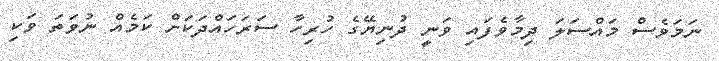
ނަމަވެސް މައްސަލަ ދިމާވެފައި ވަނީ ދުނިޔޭގެ ހުރިހާ ސަރަހައްދަކަށް ކަމެއް ނުވަތަ ވަކި